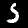
Digit: 5